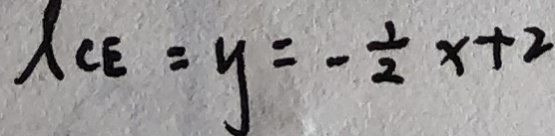
l _ { C E } = y = - \frac { 1 } { 2 } x + 2